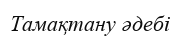
Тамақтану әдебі